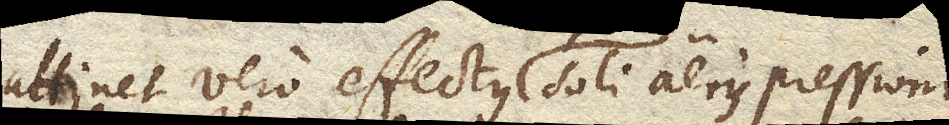
attinet vero effectus reliquos soli aeris pressioni